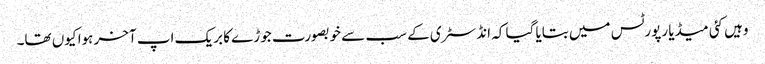
وہیں کئی میڈیا رپورٹس میں بتایا گیا کہ انڈسٹری کے سب سے خوبصورت جوڑے کا بریک اپ آخر ہوا کیوں تھا۔